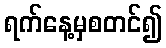
ရက်နေ့မှစတင်၍